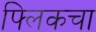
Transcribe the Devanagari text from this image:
फ्लिकचा